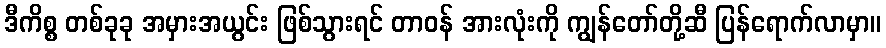
ဒီကိစ္စ တစ်ခုခု အမှားအယွင်း ဖြစ်သွားရင် တာဝန် အားလုံးကို ကျွန်တော်တို့ဆီ ပြန်ရောက်လာမှာ။